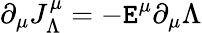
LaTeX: \partial_{\mu}J_{\Lambda}^{\mu}=-\mathtt{E}^{\mu}\partial_{\mu}\Lambda